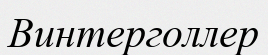
Винтерголлер